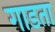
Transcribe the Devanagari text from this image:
गाडता